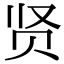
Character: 贤